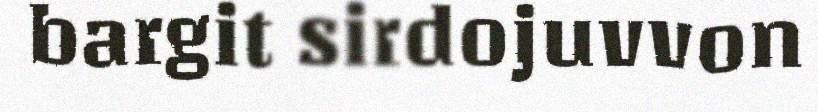
bargit sirdojuvvon